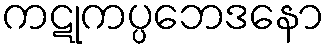
ကဋုကပ္ပဘေဒနော